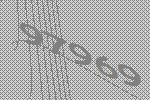
97969